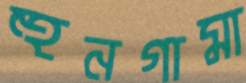
হুনগামা